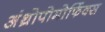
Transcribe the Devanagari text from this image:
अंथ्रोपोमोर्फिक्स